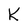
Character: k